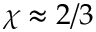
\chi \approx 2 / 3